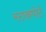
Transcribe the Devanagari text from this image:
स्टाकपोर्ट